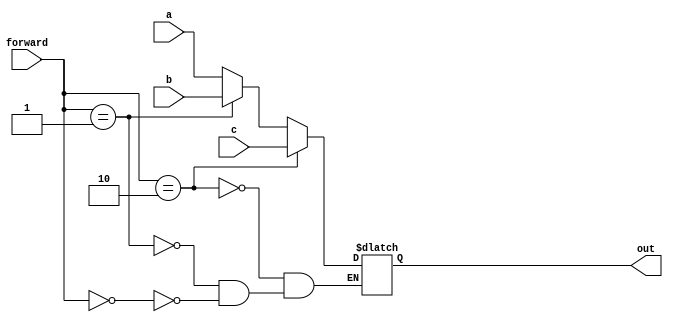
module mux3
(
	input [1:0] forward,
	input [63:0] a, 
	input [63:0] b, 
	input [63:0] c, 
	output reg [63:0] out
);

	always @(forward, a, b, c)
	begin
		if (forward == 2'b00)
			out = a;
		if (forward == 2'b01)
			out = b;
		if (forward == 2'b10)
			out = c;
	end

endmodule